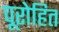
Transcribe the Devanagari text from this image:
पूरोहित